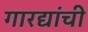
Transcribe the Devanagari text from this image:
गारद्यांची